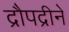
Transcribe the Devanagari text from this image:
द्रौपद्रीने